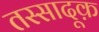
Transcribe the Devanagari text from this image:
तस्सादूक़